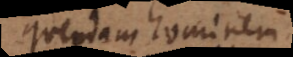
quendam hominem